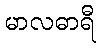
မာလဓာရီ